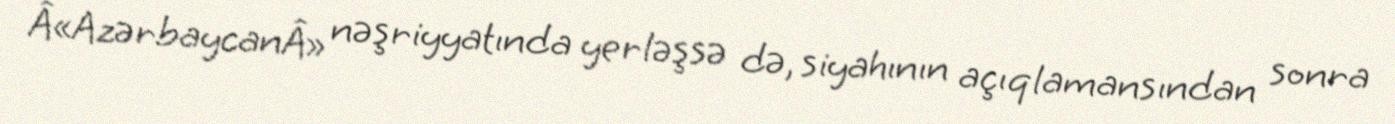
Â«AzərbaycanÂ» nəşriyyatında yerləşsə də, siyahının açıqlamansından sonra